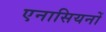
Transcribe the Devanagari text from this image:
एनासियनों